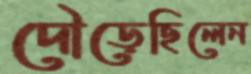
দৌড়েছিলেন